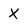
Character: x